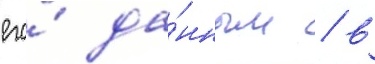
его́ да́нным / в